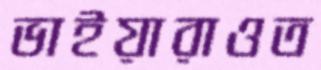
ভাইয়ারাওত